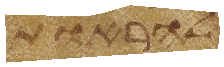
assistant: להראות